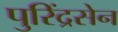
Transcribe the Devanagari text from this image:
पुरिंद्रसेन